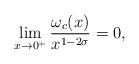
LaTeX: \begin{align*}\lim_{x\to 0^{+}}\frac{\omega_{c}(x)}{x^{1-2\sigma}}=0,\end{align*}